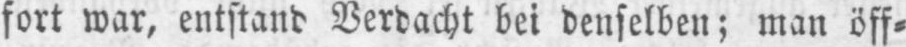
fort war, entstand Verdacht bei denselben; man öff⸗